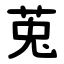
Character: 莵